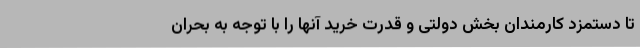
تا دستمزد کارمندان بخش دولتی و قدرت خرید آنها را با توجه به بحران